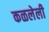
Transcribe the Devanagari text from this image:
कळलेली